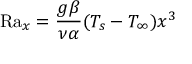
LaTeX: \mathrm { R a } _ { x } = { \frac { g \beta } { \nu \alpha } } ( T _ { s } - T _ { \infty } ) x ^ { 3 }